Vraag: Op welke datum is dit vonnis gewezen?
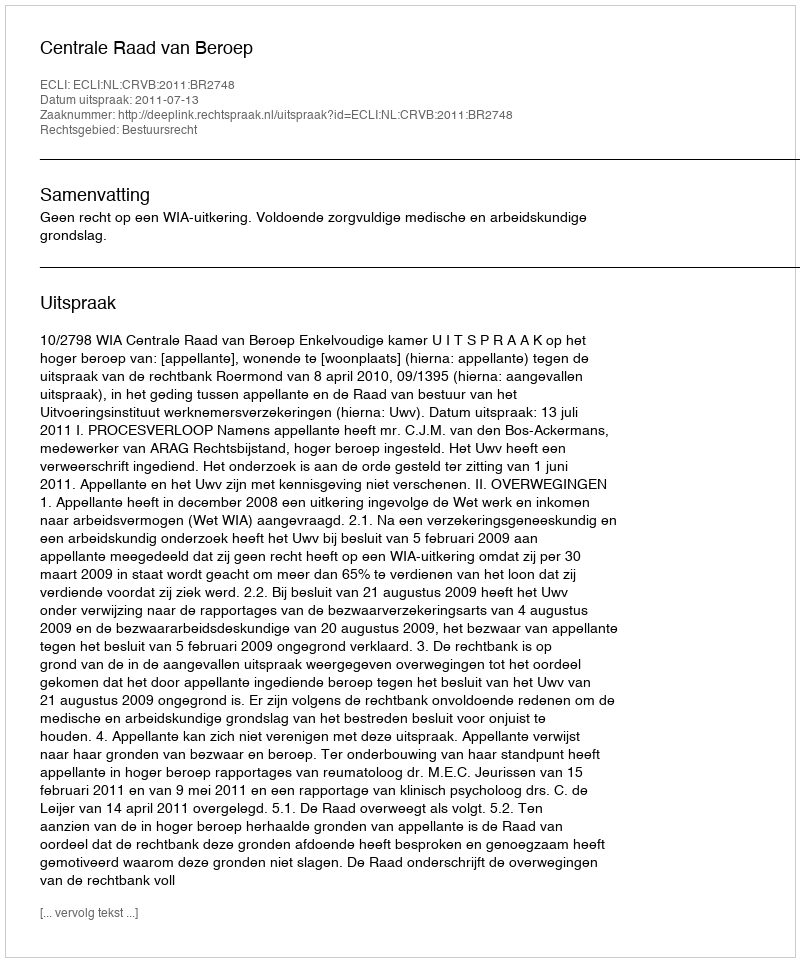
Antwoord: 2011-07-13